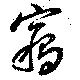
竊